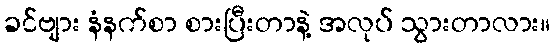
ခင်ဗျား နံနက်စာ စားပြီးတာနဲ့ အလုပ် သွားတာလား။